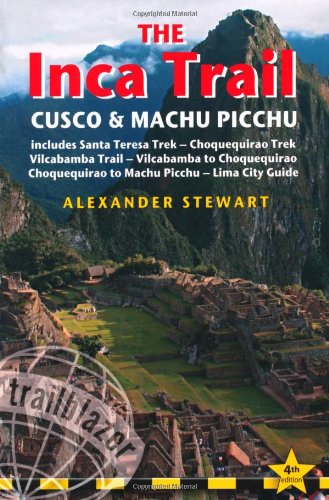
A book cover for Inca Trail, Cusco & Machu Picchu, 4th: includes Santa Teresa Trek, Choquequirao Trek, Vilcabamba Trail & Lima City Guide (Inca Trail, Cusco & Machu Picchu: Includes Santa Teresa Trek,); Alexander Stewart; Travel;